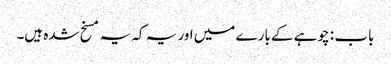
باب : چوہے کے بارے میں اور یہ کہ یہ مسخ شدہ ہیں۔